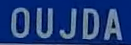
OUJDA